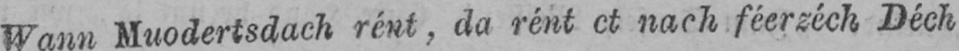
Wann Muodertsdach rént, da rént et nach féerzéch Déch